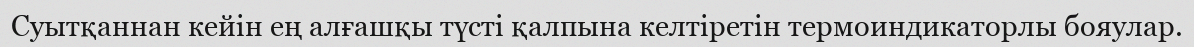
Cуытқаннан кейін ең алғашқы түсті қалпына келтіретін термоиндикаторлы бояулар.